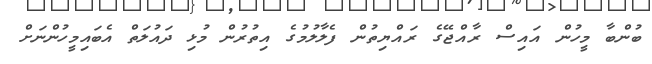
ބުންބާ މީހުން އައިސް ރާއްޖޭގެ ރައްޔިތުން ފެލާލުމުގެ އިތުރުން މުޅި ދައުލަތް އެބައިމީހުންނަށް